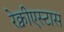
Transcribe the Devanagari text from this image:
रेक्वीएस्टास